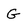
Character: G